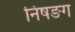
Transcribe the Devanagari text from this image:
निषङग